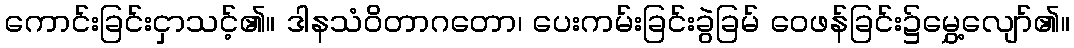
ကောင်းခြင်းငှာသင့်၏။ ဒါနသံဝိတာဂတော၊ ပေးကမ်းခြင်းခွဲခြမ် ဝေဖန်ခြင်း၌မွှေ့လျော်၏။